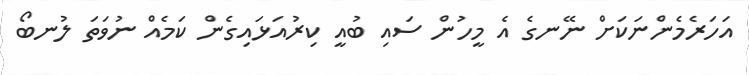
އަހަރެމެންނަކަށް ނޭނގެ އެ މީހުން ސައި ބުއީ ކިރުއަޅައިގެން ކަމެއް ނުވަތަ ލުނބޯ